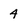
Character: 4